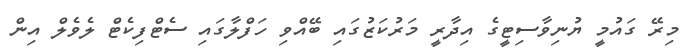
މިރޭ ގައުމީ ޔުނިވާސިޓީގެ އިދާރީ މަރުކަޒުގައި ބޭއްވި ހަފްލާގައި ސެޓްފިކެޓް ލެވެލް އިން